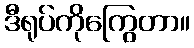
ဒီရုပ်ကိုကြွေတာ။